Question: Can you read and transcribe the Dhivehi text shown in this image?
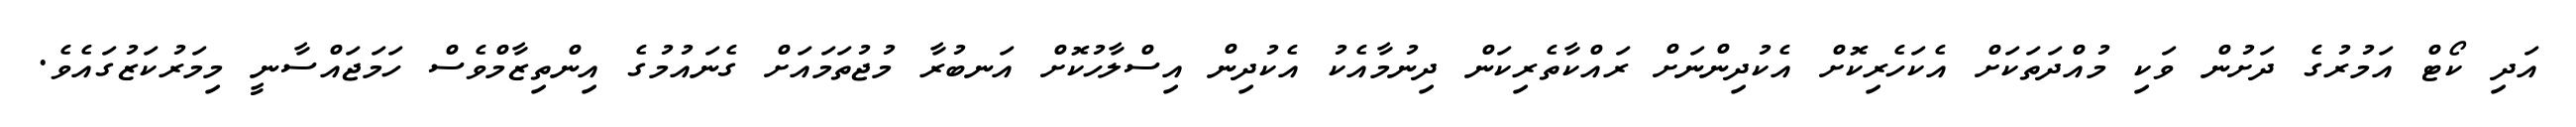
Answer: އަދި ކޯޓް އަމުރުގެ ދަށުން ވަކި މުއްދަތަކަށް އެކަހެރިކޮށް އެކުދިންނަށް ރައްކާތެރިކަން ދިނުމާއެކު އެކުދިން އިސްލާހުކޮށް އަނބުރާ މުޖުތަމައަށް ގެނައުމުގެ އިންތިޒާމްވެސް ހަމަޖައްސާނީ މިމަރުކަޒުގައެވެ.